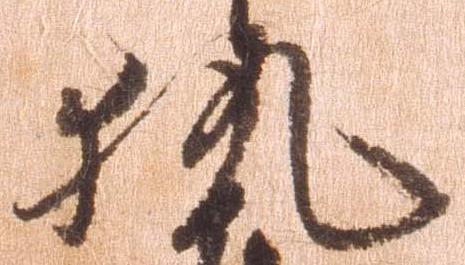
執